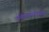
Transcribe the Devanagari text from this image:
उत्तेजनादायक